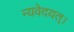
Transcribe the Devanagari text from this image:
न्यवेदयत्।